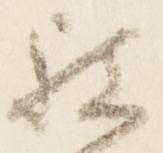
被